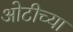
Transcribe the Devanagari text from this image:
ओटीच्या